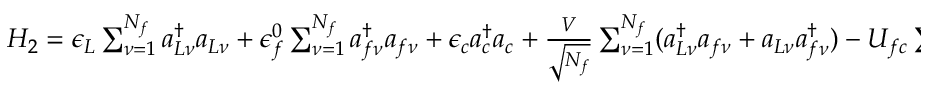
\begin{array} { r } { H _ { 2 } = \epsilon _ { L } \sum _ { \nu = 1 } ^ { N _ { f } } a _ { L \nu } ^ { \dag } a _ { L \nu } + \epsilon _ { f } ^ { 0 } \sum _ { \nu = 1 } ^ { N _ { f } } a _ { f \nu } ^ { \dag } a _ { f \nu } + \epsilon _ { c } a _ { c } ^ { \dag } a _ { c } + \frac { V } { \sqrt { N _ { f } } } \sum _ { \nu = 1 } ^ { N _ { f } } ( a _ { L \nu } ^ { \dag } a _ { f \nu } + a _ { L \nu } a _ { f \nu } ^ { \dag } ) - U _ { f c } \sum _ { \nu = 1 } ^ { N _ { f } } a _ { f \nu } ^ { \dag } a _ { f \nu } ( 1 - a _ { c } ^ { \dag } a _ { c } ) , } \end{array}